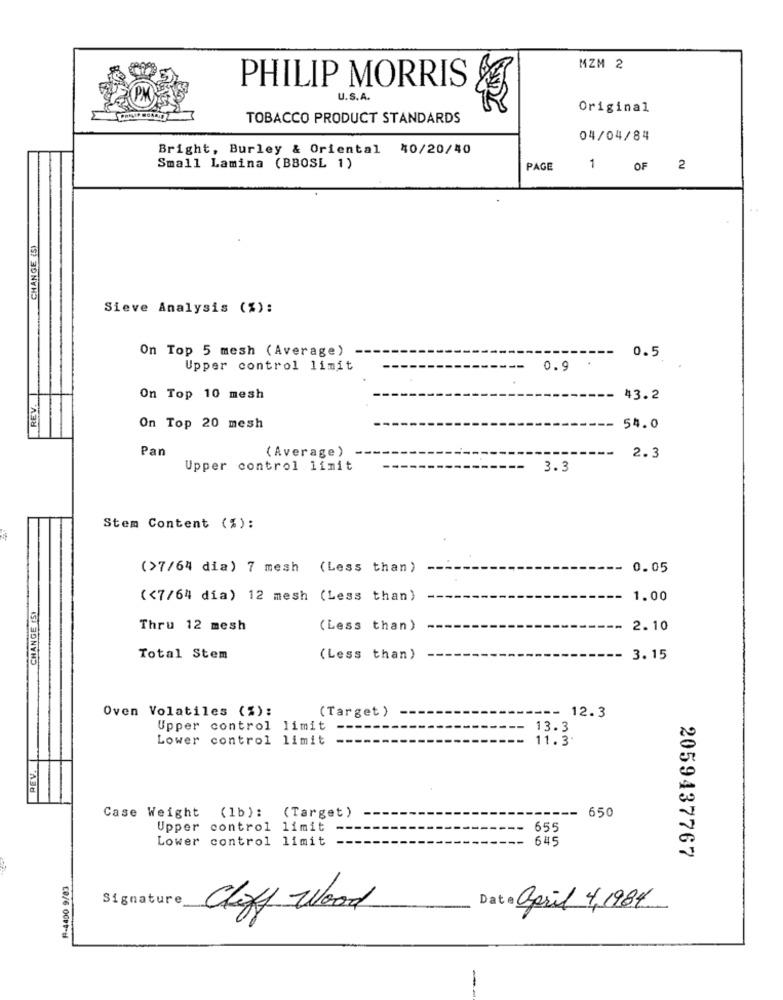
MZM 2
PHILIP MORRIS
U.S.A.
Original
TOBACCO PRODUCT STANDARDS
04/04/84
Bright, Burley & Oriental 40/20/40
Small Lamina (BBOSL 1)
PAGE
1
OF 2
CHANGE (S)
Sieve Analysis (%):
On Top 5 mesh (Average)
0.5
Upper control limit
0.9
REV.
On Top 10 mesh
43.2
On Top 20 mesh
54.0
Pan
(Average )
2.3
Upper control limit
3.3
Stem Content (%):
(>7/64 dia) 7 mesh (Less than)
0.05
(<7/64 dia) 12 mesh (Less than)
1.00
CHANGE (S)
Thru 12 mesh
(Less than)
2.10
Total Stem
(Less than)
3.15
Oven Volatiles (%):
(Target )
-- 12.3
Upper control limit
---
13.3
Lower control limit
11.3.
PEVA
Case Weight
650
(1b): (Target)
Upper control limit
655
Lower control limit
645
2059437767
F-4450 9/83
Signature
Clogy Wood
Date april 4, 1984
--